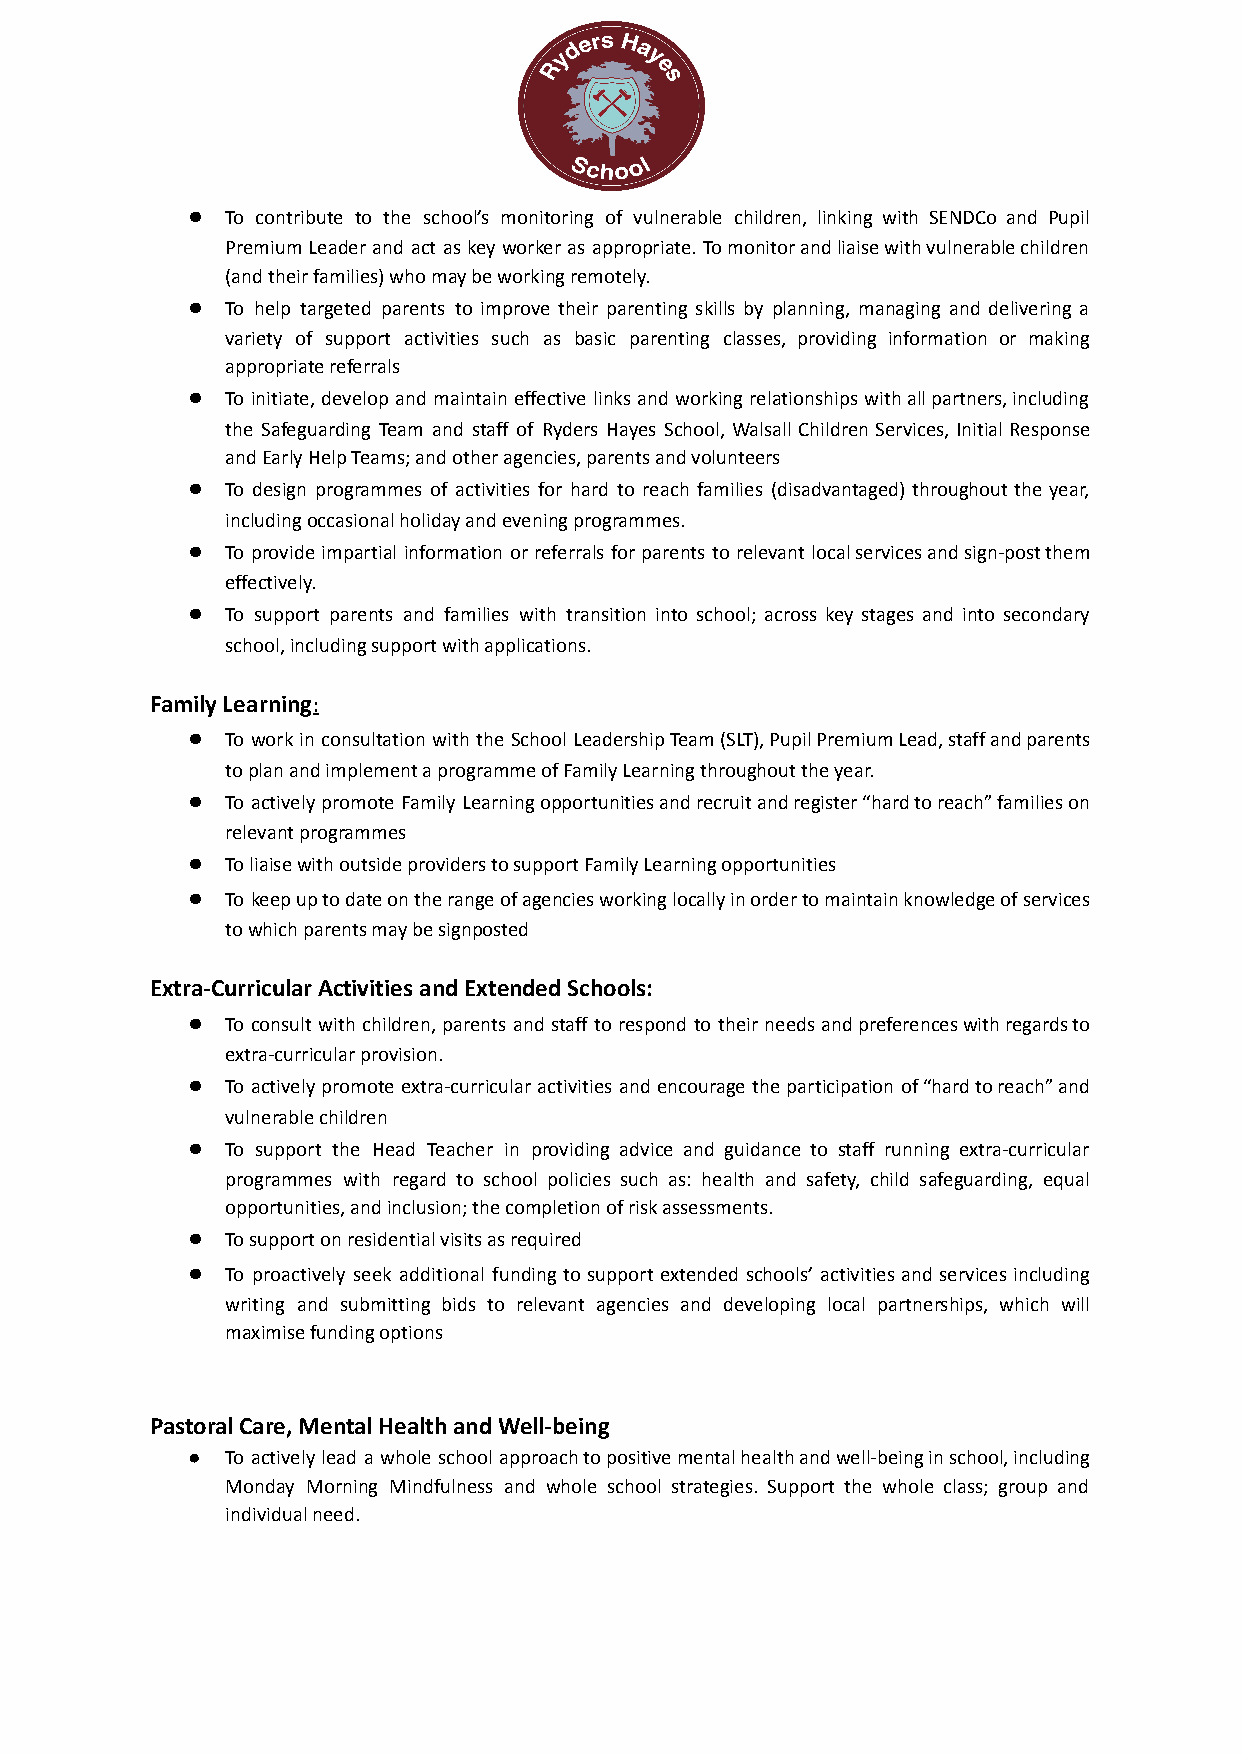
●  To contribute to the school’s monitoring of vulnerable children, linking with SENDCo and Pupil
 Premium Leader and act as key worker as appropriate. Tomonitorandliaisewithvulnerablechildren
 (and their families) who may be working remotely.
 ●  To help targeted parents to improve their parenting skills by planning, managing and delivering a
 variety of support activities such as basic parenting classes, providing information or making
 appropriate referrals
 ●  To initiate, develop and maintain effective links and working relationships withallpartners,including
 the Safeguarding Team and staff of Ryders Hayes School, Walsall Children Services, Initial Response
 and Early Help Teams; and other agencies, parents and volunteers
 ●  To design programmes of activities for hard to reach families (disadvantaged) throughout the year,
 including occasional holiday and evening programmes.
 ●  To provide impartial information or referrals for parents to relevant localservicesandsign-postthem
 effectively.
 ●  To support parents and families with transition into school; across key stages and into secondary
 school, including support with applications.
 Family Learning:
 ●  To work in consultation with the School LeadershipTeam(SLT),PupilPremiumLead,staffandparents
 to plan and implement a programme of Family Learning throughout the year.
 ●  To actively promote Family Learningopportunitiesandrecruitandregister“hardtoreach”familieson
 relevant programmes
 ●  To liaise with outside providers to support Family Learning opportunities
 ●  To keepuptodateontherangeofagenciesworkinglocallyinordertomaintainknowledgeofservices
 to which parents may be signposted
 Extra-Curricular Activities and Extended Schools:
 ●  To consult with children, parents and staff to respond to their needs andpreferenceswithregardsto
 extra-curricular provision.
 ●  To actively promote extra-curricular activities and encourage the participation of“hardtoreach”and
 vulnerable children
 ●  To support the Head Teacher in providing advice and guidance to staff running extra-curricular
 programmes with regard to school policies such as: health and safety, child safeguarding, equal
 opportunities, and inclusion; the completion of risk assessments.
 ●  To support on residential visits as required
 ●  To proactively seek additional funding to support extended schools’ activities and services including
 writing and submitting bids to relevant agencies and developing local partnerships, which will
 maximise funding options
 Pastoral Care, Mental Health and Well-being
 ●  To actively lead a whole school approachtopositivementalhealthandwell-beinginschool,including
 Monday Morning Mindfulness and whole school strategies. Support the whole class; group and
 individual need.